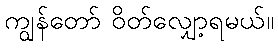
ကျွန်တော် ဝိတ်လျှော့ရမယ်။